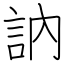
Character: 訥